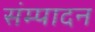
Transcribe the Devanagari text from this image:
संम्पादन